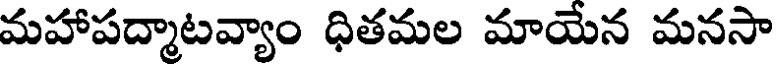
మహాపద్మాటవ్యాం ధితమల మాయేన మనసా